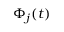
\Phi _ { j } ( t )